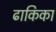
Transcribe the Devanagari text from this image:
ढाकिका